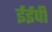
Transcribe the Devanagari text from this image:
ईईपी